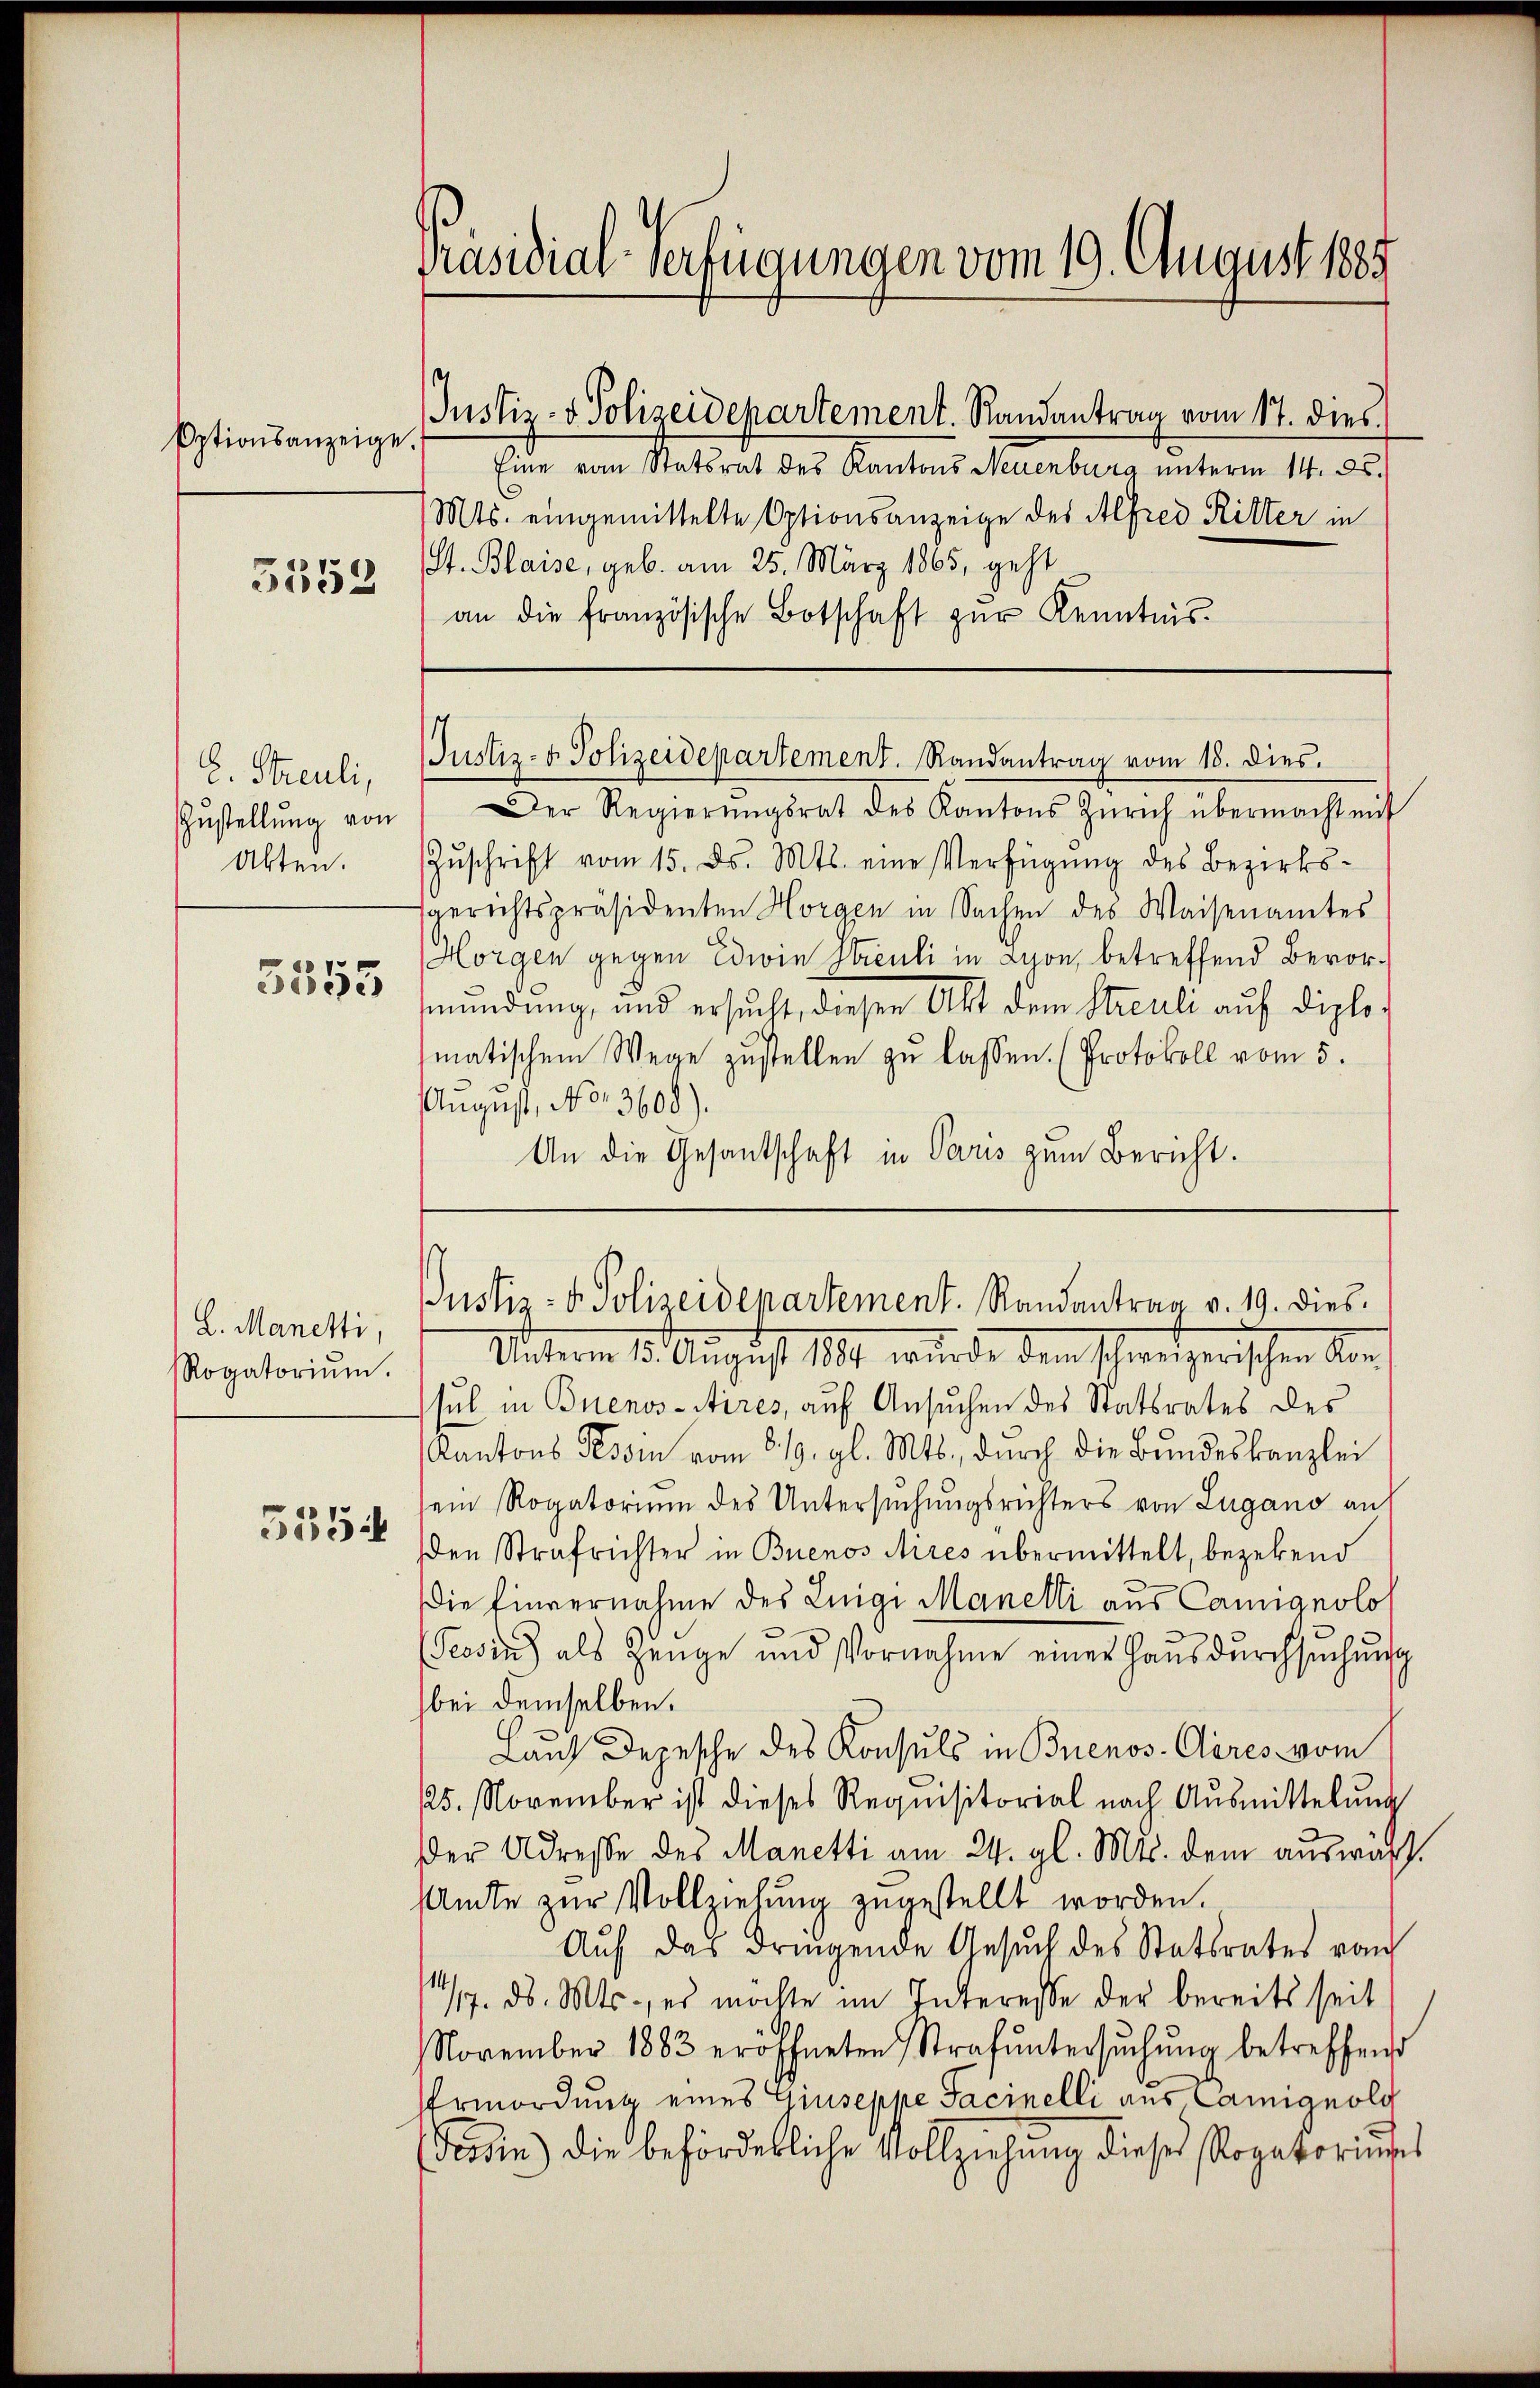
E. Streuli,
Zustellung von
Akten.

5555

L. Manetti,
Rogatorium.

535

Optionsanzeige.
5352

Präsidial-Verfügungen vom 19. August 1885

Justiz- & Polizeidepartement. Randantrag vom 17. dies

Eine vom Statsrat des Kantons Neuenburg unterm 14. ds.
Mts. eingemittelte Optionsanzeige des Alfred Ritter in
St. Blaise, geb. am 25. März 1865, geht
an die französische Botschaft zŭr Kenntnis.

Justiz- & Polizeidepartement. Randantrag vom 18. dies.

Der Regierŭngsrat des Kantons Zürich übermacht mit
Zŭschrift vom 15. ds. Mts. eine Verfügŭng des Bezirks-
sgerichtspräsidenten Horgen in Sachen des Waisenamtes
Horgen gegen Edwin Streuli in Lyon, betreffend Bevormündung, und ersucht, dieser Akt dem Streuli auf diplo-
matischem Wege zŭstellen zŭ lassen. (Protokoll vom 5.
August, No. 3600).
An die Gesantschaft in Paris zum Bericht.

Justiz- & Polizeidepartement. Randantrag v. 19. dies

Veterm 15. August 1891 wurde dem schweizerischen Ans
sul in Buenos-Aires, auf Ansuchen des Statsrates des
Kantons Tessin vom 8. 19. gl. Mts., durch die Bundeskanzlei
ein Rogatorium des Untersuchungsrichters von Lugano an
en Strafrichter in Buenos Aires übermittelt, bezehend
Die Einvernahme des Luigi Manelli aus Cannignolo
(Geodin) als Zeuge und Vornahme einer Haŭsdŭrchsŭchŭng
bei demselben.
Lauf Depesche des Konsuls in Buenos-Clères vom
125. November ist dieses Requisitorial nach Ausmittelung
Der Adresse des Manetti am 24. gl. Mts. dem auswärt
Amte zur Vollziehung zugestellt worden.
Aŭf das dringende Gesŭch des Statsrates vom
14/7. ds. Mts., es möchte im Interesse der bereits seit
November 1883 eröffneten Strafŭntersŭchŭng betreffend
Ermordung eines Giuseppe Facinelli aus Camignolg
udin) die beförderliche Vollziehung dieses Rogatoringes